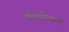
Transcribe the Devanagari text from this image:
कार्यान्वण